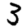
Digit: 3